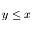
y \leq x